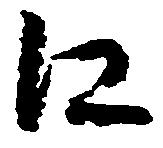
江